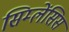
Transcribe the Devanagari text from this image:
सिम्लेंसिस